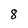
Character: 8